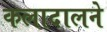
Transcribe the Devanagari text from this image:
कलादालने